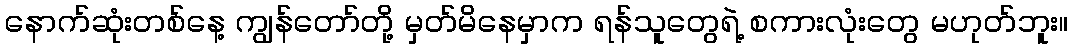
နောက်ဆုံးတစ်နေ့ ကျွန်တော်တို့ မှတ်မိနေမှာက ရန်သူတွေရဲ့ စကားလုံးတွေ မဟုတ်ဘူး။